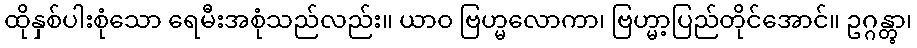
ထိုနှစ်ပါးစုံသော ရေမီးအစုံသည်လည်း။ ယာဝ ဗြဟ္မလောကာ၊ ဗြဟ္မာ့ပြည်တိုင်အောင်။ ဥဂ္ဂန္တွာ၊